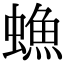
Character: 䗨